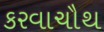
કરવાચૌથ